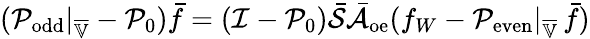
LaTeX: (\mathcal{P}_{\mathrm{odd}}|_{\overline{{\mathbb{V}}}}-\mathcal{P}_{0})\bar{f}=(\mathcal{I}-\mathcal{P}_{0})\bar{\mathcal{S}}\bar{\mathcal{A}}_{\mathrm{oe}}(f_{W}-\mathcal{P}_{\mathrm{even}}|_{\overline{{\mathbb{V}}}}\, \bar{f})